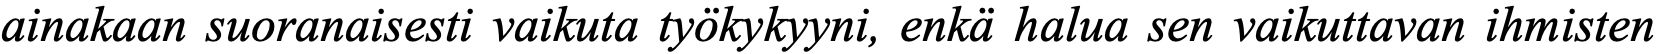
ainakaan suoranaisesti vaikuta työkykyyni, enkä halua sen vaikuttavan ihmisten